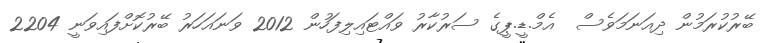
ބޭރުކުރަމުން ދިއަނަމަވެސް  އެމް.ޑީ.ޕީގެ ސަރުކާރު ވައްޓައިލިފަހުން 2012 ވަނައަހަރު ބޭރުކޮށްފައިވަނީ 2204